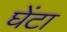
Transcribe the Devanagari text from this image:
घेंटा